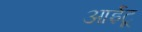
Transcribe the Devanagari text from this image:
आईटू